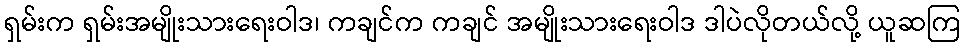
ရှမ်းက ရှမ်းအမျိုးသားရေးဝါဒ၊ ကချင်က ကချင် အမျိုးသားရေးဝါဒ ဒါပဲလိုတယ်လို့ ယူဆကြ